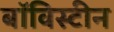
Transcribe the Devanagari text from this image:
बॉविस्टीन